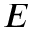
E